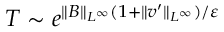
T \sim e ^ { \| B \| _ { L ^ { \infty } } ( 1 + \| v ^ { \prime } \| _ { L ^ { \infty } } ) / \varepsilon }